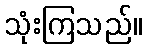
သုံးကြသည်။